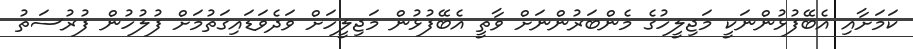
ކަމަށާއި އެބޭފުޅުންނަކީ މަޖިލީހުގެ މެންބަރުންނަށް ވާތީ އެބޭފުޅުން މަޖިލީހަށް ވަދެވަޑައިގަތުމަށް ފުލުހުން ފުރުސަތު